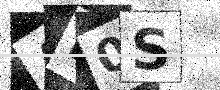
Text: AF0S